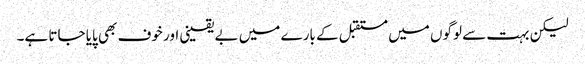
لیکن بہت سے لوگوں میں مستقبل کے بارے میں بے یقینی اور خوف بھی پایا جاتا ہے۔